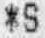
*S